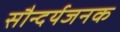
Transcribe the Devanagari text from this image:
सौन्दर्यजनक